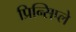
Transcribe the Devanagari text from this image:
प्रिन्सिप्ले